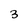
Character: 3